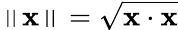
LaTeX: \left\| \mathbf{x}\right\| ={\sqrt{\mathbf{x}\cdot\mathbf{x}}}